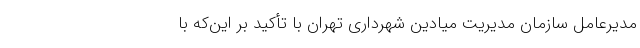
مدیرعامل سازمان مدیریت میادین شهرداری تهران با تأکید بر این‌که با